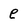
Character: e